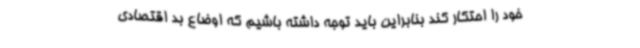
خود را احتکار کند بنابراین باید توجه داشته باشیم که اوضاع بد اقتصادی